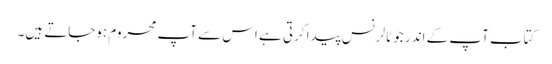
کتاب آپ کے اندر جو ٹالرنس پیدا کرتی ہے اس سے آپ محروم ہوجاتے ہیں۔